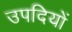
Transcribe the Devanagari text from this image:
उपदियों